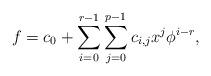
LaTeX: \begin{align*} f = c_0 +\sum_{i=0}^{r-1} \sum_{j=0}^{p-1} c_{i,j}x^j\phi^{i-r}, \end{align*}